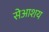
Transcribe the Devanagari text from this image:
सेआशय